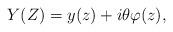
LaTeX: \begin{align*} Y(Z) = y(z) + i\theta \varphi (z),\end{align*}